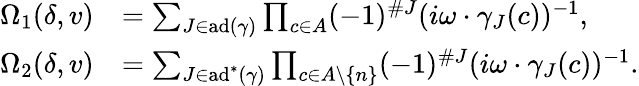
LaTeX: \begin{array}{rl}{\Omega_{1}(\delta,v)}&{=\sum_{J\in\operatorname{ad}(\gamma)}\prod_{c\in A}(-1)^{\# J}(i\omega\cdot\gamma_{J}(c))^{-1},}\\ {\Omega_{2}(\delta,v)}&{=\sum_{J\in\operatorname{ad}^{*}(\gamma)}\prod_{c\in A\setminus\{ n\} }(-1)^{\# J}(i\omega\cdot\gamma_{J}(c))^{-1}.}\end{array}